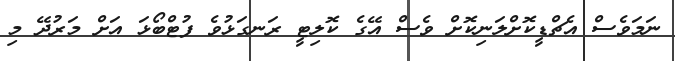
ނަމަވެސް އެޗްޑީކޮށްލަނިކޮށް ވެސް އޭގެ ކޮލިޓީ ރަނގަޅުވެ ފުޓްބޯޅަ އަށް މަރުދޭ މި